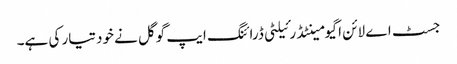
جسٹ اے لائن اگیومینٹڈ رئیلٹی ڈرائنگ ایپ گوگل نے خود تیار کی ہے۔